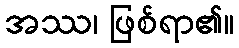
အဿ၊ ဖြစ်ရာ၏။